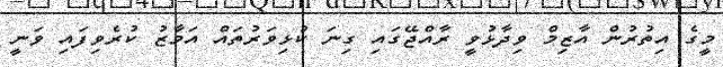
މީގެ އިތުރުން އާޒިމް ވިދާޅުވީ ރާއްޖޭގައި ގިނަ ކުޅިވަރުތައް އަމާޒު ކުރެވިފައި ވަނީ